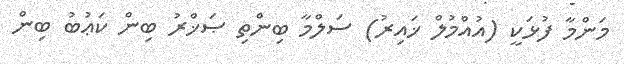
މަންމާ ފުޅަކީ (އުއްމުލް ޚައިރު) ސަލްމާ ބިންތި ޞަޚްރު ބިން ކަޢުބު ބިން